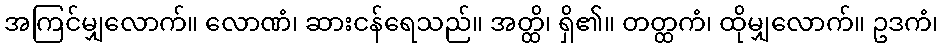
အကြင်မျှလောက်။ လောဏံ၊ ဆားငန်ရေသည်။ အတ္ထိ၊ ရှိ၏။ တတ္ထကံ၊ ထိုမျှလောက်။ ဥဒကံ၊